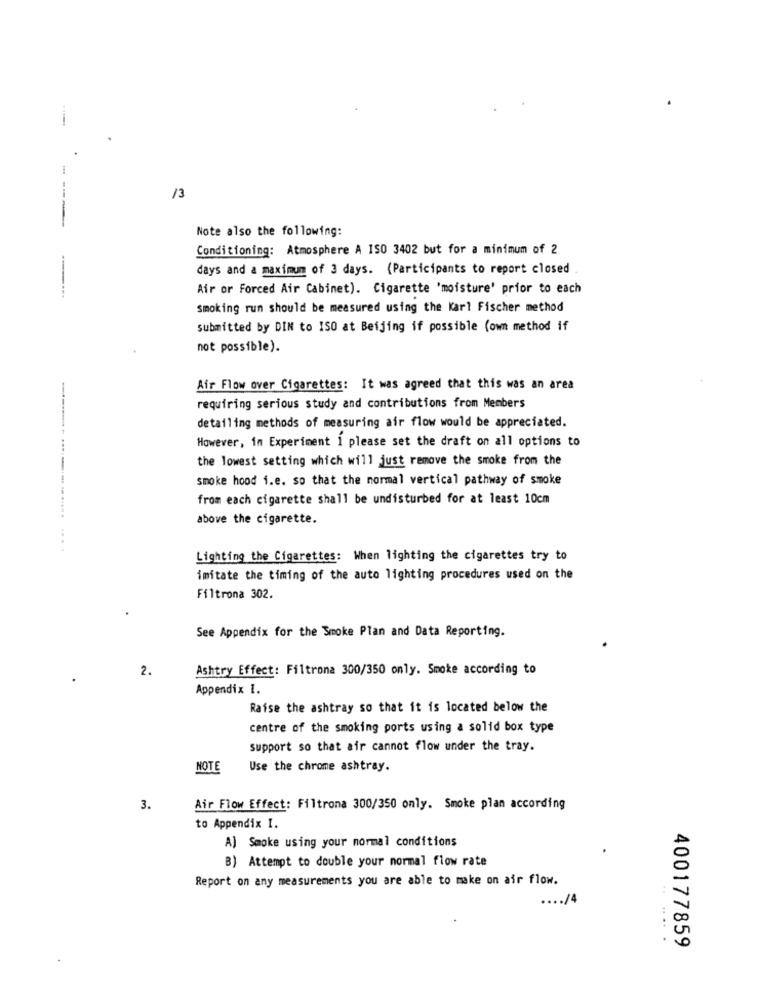
/3
----
Note also the following:
Conditioning: Atmosphere A ISO 3402 but for a minimum of 2
days and a maximum of 3 days. (Participants to report closed
Air or Forced Air Cabinet). Cigarette 'moisture' prior to each
smoking run should be measured using the Karl Fischer method
submitted by DIN to ISO at Beijing if possible (own method if
not possible).
Air Flow over Cigarettes: It was agreed that this was an area
requiring serious study and contributions from Members
detailing methods of measuring air flow would be appreciated.
However, in Experiment 1 please set the draft on all options to
the lowest setting which will just remove the smoke from the
smoke hood i.e. so that the normal vertical pathway of smoke
from each cigarette shall be undisturbed for at least 10cm
above the cigarette.
....
Lighting the Cigarettes: When lighting the cigarettes try to
imitate the timing of the auto lighting procedures used on the
Filtrona 302.
See Appendix for the Smoke Plan and Data Reporting.
2.
Ashtry Effect: Filtrona 300/350 only. Smoke according to
Appendix 1.
Raise the ashtray so that it is located below the
centre of the smoking ports using a solid box type
support so that air cannot flow under the tray.
NOTE
Use the chrome ashtray.
3.
Air Flow Effect: Filtrona 300/350 only. Smoke plan according
to Appendix I.
A) Smoke using your normal conditions
B) Attempt to double your normal flow rate
Report on any measurements you are able to make on air flow.
.... /.
.... .
400177859